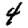
Digit: 4